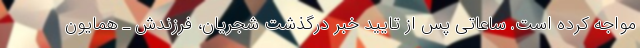
مواجه کرده است. ساعاتی پس از تایید خبر درگذشت شجریان، فرزندش ـ همایون